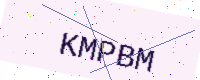
Text: KMPBM